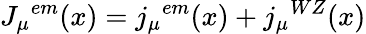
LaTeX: {J_{\mu}}^{em}(x)={j_{\mu}}^{em}(x)+{j_{\mu}}^{WZ}(x)